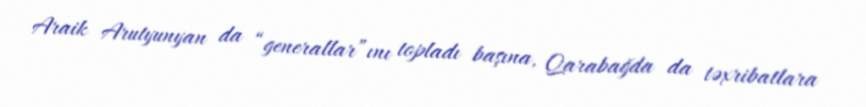
Araik Arutyunyan da “generallar”ını topladı başına, Qarabağda da təxribatlara